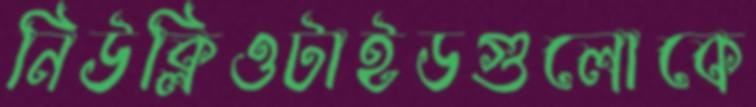
নিউক্লিওটাইডগুলোকে